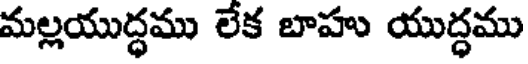
మల్లయుద్ధము లేక బాహు యుద్ధము